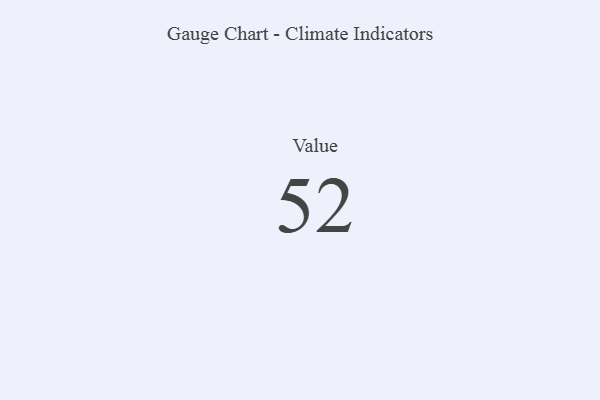
{"axis": {"x": "Metric", "y": "Value"}, "legend": [""], "data": [{"x": "Value", "y": 52, "type": ""}]}